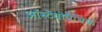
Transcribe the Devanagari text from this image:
ऑस्टेयोपैथिक